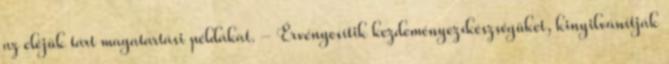
az eléjük tárt magatartási példákat. - Érvényesítik kezdeményezıkészségüket, kinyilvánítják